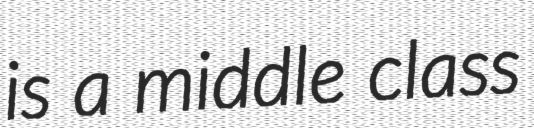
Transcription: is a middle class